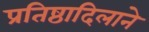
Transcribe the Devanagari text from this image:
प्रतिष्ठादिलाने